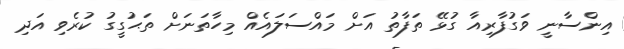
އިންސާނީ ވަގުފާރިއާ ގުޅޭ ތަފާތު އަށް މައްސަލައެއް މިހާތަނަށް ތަޙުގީގު ކުރެވި އަދި